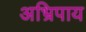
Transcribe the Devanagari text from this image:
अभ्रिपाय